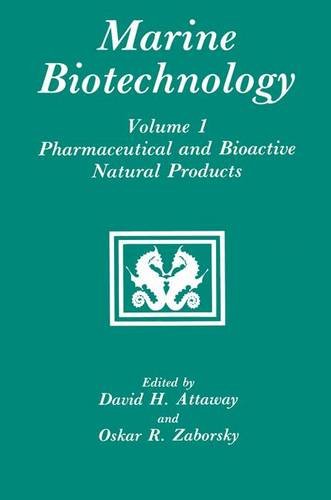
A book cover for Pharmaceutical and Bioactive Natural Products (Marine Biotechnology); Medical Books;